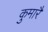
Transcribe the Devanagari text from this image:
कुमारै